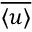
\overline { { \langle u \rangle } }